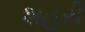
શહરી